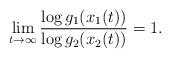
LaTeX: \begin{align*} \lim_{t\to\infty} \frac{\log g_1(x_1(t))}{\log g_2(x_2(t))}=1.\end{align*}